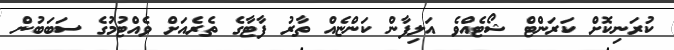
ކުރަނިކޮށް ކަރަންޓް ޝޯޓެއްވެ އަލިފާން ކަންޏެއް ތާރު ފާޓާގެ ތެރެއަށް ވެއްޓުމުގެ ސަބަބުން